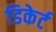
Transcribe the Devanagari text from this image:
डिकेर्ट